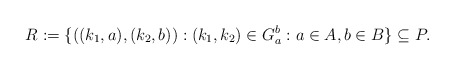
\begin{align*}R:=\{((k_1,a),(k_2,b)):(k_1,k_2)\in G_a^b:a\in A,b\in B\}\subseteq P.\end{align*}